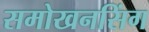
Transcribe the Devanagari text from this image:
समोखनसिंग